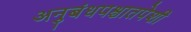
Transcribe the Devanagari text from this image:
अनुबंधपश्चातपेशी